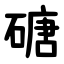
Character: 磄